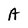
Character: A